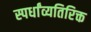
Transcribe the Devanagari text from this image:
स्पर्धांव्यतिरिक्त